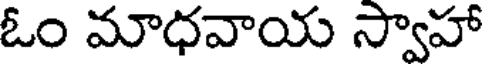
ఓం మాధవాయ స్వాహా